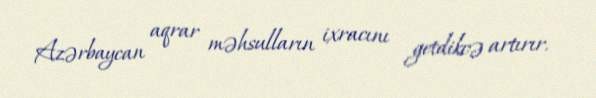
Azərbaycan aqrar məhsulların ixracını getdikcə artırır.